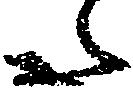
た